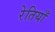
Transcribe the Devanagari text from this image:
रेतियाँ